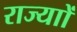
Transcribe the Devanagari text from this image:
राज्याों